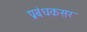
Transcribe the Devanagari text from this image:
प्रबंधकसर